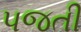
પજતી